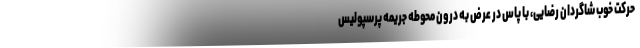
حرکت خوب شاگردان رضایی، با پاس در عرض به درون محوطه جریمه پرسپولیس